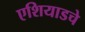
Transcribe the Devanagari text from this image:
एशियाडचे